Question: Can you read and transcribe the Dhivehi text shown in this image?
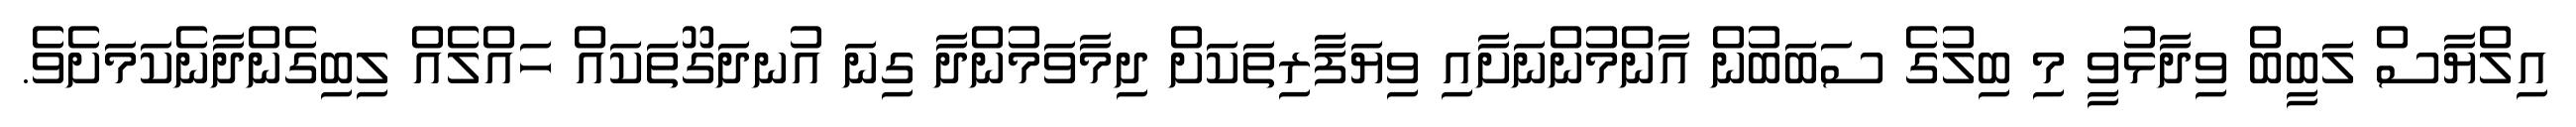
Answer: އިލްޔާސް ލަބީބް ވިދާޅުވީ މި ބިލުގެ ސަބަބުން އާންމުންނަށާއި ވިޔަފާރިތަކަށް ދިމާވަމުންދާ ގިނަ އުނދަގޫތަކައް ހައްލެއް ލިބިގެންދާނެކަމަށެވެ.